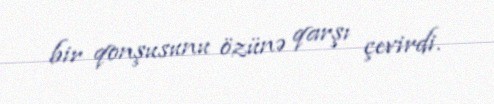
bir qonşusunu özünə qarşı çevirdi.